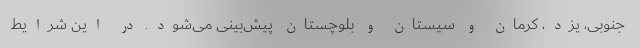
جنوبی، یزد، کرمان و سیستان و بلوچستان پیش‌بینی می‌شود. در این شرایط